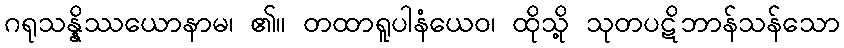
ဂရုသန္နိဿယောနာမ၊ ၏။ တထာရူပါနံယေဝ၊ ထိုသို့ သုတပဋိဘာန်သန်သော